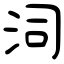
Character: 泀